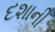
દશાની